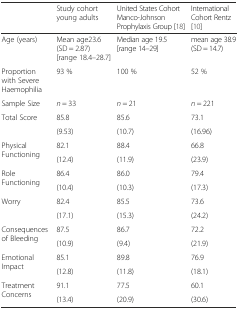
|  | Study cohort young adults | United States Cohort Manco-Johnson Prophylaxis Group [18] | International Cohort Rentz [10] |
 | --- | --- | --- | --- |
 | Age (years) | Mean age23.6 (SD = 2.87) [range 18.4–28.7] | Median age 19.5 [range 14–29] | mean age 38.9 (SD = 14.7) |
 | Proportion with Severe Haemophilia | 93 % | 100 % | 52 % |
 | Sample Size | n = 33 | n = 21 | n = 221 |
 | <ROWSPAN=2> Total Score | 85.8 | 85.6 | 73.1 |
 | (9.53) | (10.7) | (16.96) |
 | <ROWSPAN=2> Physical Functioning | 82.1 | 88.4 | 66.8 |
 | (12.4) | (11.9) | (23.9) |
 | <ROWSPAN=2> Role Functioning | 86.4 | 86.0 | 79.4 |
 | (10.4) | (10.3) | (17.3) |
 | <ROWSPAN=2> Worry | 82.4 | 85.5 | 73.6 |
 | (17.1) | (15.3) | (24.2) |
 | <ROWSPAN=2> Consequences of Bleeding | 87.5 | 86.7 | 72.2 |
 | (10.9) | (9.4) | (21.9) |
 | <ROWSPAN=2> Emotional Impact | 85.1 | 89.8 | 76.9 |
 | (12.8) | (11.8) | (18.1) |
 | <ROWSPAN=2> Treatment Concerns | 91.1 | 77.5 | 60.1 |
 | (13.4) | (20.9) | (30.6) |